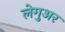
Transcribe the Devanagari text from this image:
लेगुअर